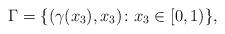
LaTeX: \begin{align*}\Gamma = \{(\gamma(x_3),x_3) \colon x_3\in[0,1)\},\end{align*}